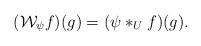
LaTeX: \begin{align*}(\mathcal{W}_{\psi}f)(g) = (\psi*_{U}f)(g). \end{align*}